Annual report of the Punjab Veterinary College and of the Civil Veterinary Department, Punjab - 1909-1919
Year: 1909
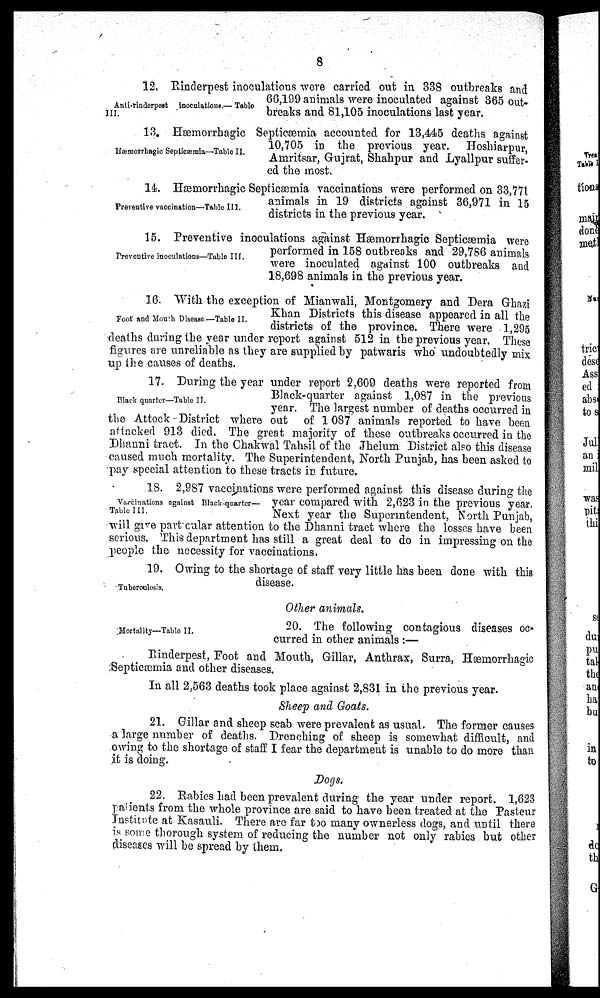
8
Anti-rinderpest inoculations— Table
III.
12. Rinderpest inoculations were carried out in 338 outbreaks and
66,199 animals were inoculated against 365 out-
breaks and 81,105 inoculations last year.
Hæmorrhagic Septicæmia—Table II.
13. Hæmorrhagic Septicæmia accounted for 13,445 deaths against
10,705 in the previous year. Hoshiarpur,
Amritsar, Gujrat, Shahpur and Lyallpur suffer-
ed the most.
Preventive vaccination—Table III.
14. Hæmorrhagic Septicæmia vaccinations were performed on 33,771
animals in 19 districts against 36,971 in 15
districts in the previous year.
Preventive inoculations—Table III.
15. Preventive inoculations against Hæmorrhagic Septicæmia were
performed in 158 outbreaks and 29,786 animals
were inoculated against 100 outbreaks and
18,698 animals in the previous year.
Foot and Mouth Disease—Table II.
16. With the exception of Mianwali, Montgomery and Dera Ghazi
Khan Districts this disease appeared in all the
districts of the province. There were 1,295
deaths during the year under report against 512 in the previous year. These
figures are unreliable as they are supplied by patwaris who undoubtedly mix
up the causes of deaths.
Black quarter—Table II.
17. During the year under report 2,609 deaths were reported from
Black-quarter against 1,087 in the previous
year. The largest number of deaths occurred in
the Attock - District where out of 1087 animals reported to have been
attacked 913 died. The great majority of these outbreaks occurred in the
Dhanni tract. In the Chakwal Tahsil of the Jhelum District also this disease
caused much mortality. The Superintendent, North Punjab, has been asked to
pay special attention to these tracts in future.
Vaccinations against Black-quarter—
Table III.
18. 2,987 vaccinations were performed against this disease during the
year compared with 2,623 in the previous year.
Next year the Superintendent, North Punjab,
will give particular attention to the Dhanni tract where the losses have been
serious. This department has still a great deal to do in impressing on the
people the necessity for vaccinations.
Tuboreculosis.
19. Owing to the shortage of staff very little has been done with this
disease.
Other animals.
Mortality—Table II.
20. The following contagious diseases oc-
curred in other animals :—
Rinderpest, Foot and Mouth, Gillar, Anthrax, Surra, Hæmorrhagic
Septicæmia and other diseases.
In all 2,563 deaths took place against 2,831 in the previous year.
Sheep and Goats.
21. Gillar and sheep scab were prevalent as usual. The former causes
a large number of deaths. Drenching of sheep is somewhat difficult, and
owing to the shortage of staff I fear the department is unable to do more than
it is doing.
Dogs.
22. Rabies had been prevalent during the year under report. 1,623
patients from the whole province are said to have been treated at the Pasteur
Institute at Kasauli. There are far too many ownerless dogs, and until there
is some thorough system of reducing the number not only rabies but other
diseases will be spread by them.